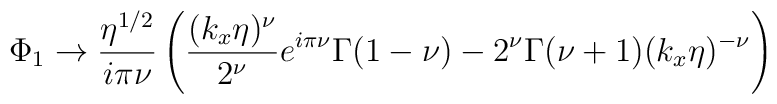
\Phi _1\rightarrow \frac{\eta ^{1/2}}{i\pi \nu }\left( \frac{(k_x\eta )^\nu}{2^\nu }e^{i\pi \nu }\Gamma (1-\nu )-2^\nu \Gamma (\nu +1)(k_x\eta )^{-\nu}\right)